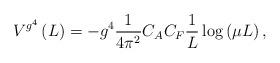
LaTeX: \begin{align*}V^{g^4 } \left( L \right) = -g^4 \frac{1}{{4\pi ^2 }} C_A C_F\frac{1}{L}\log \left( {\mu L} \right), \end{align*}